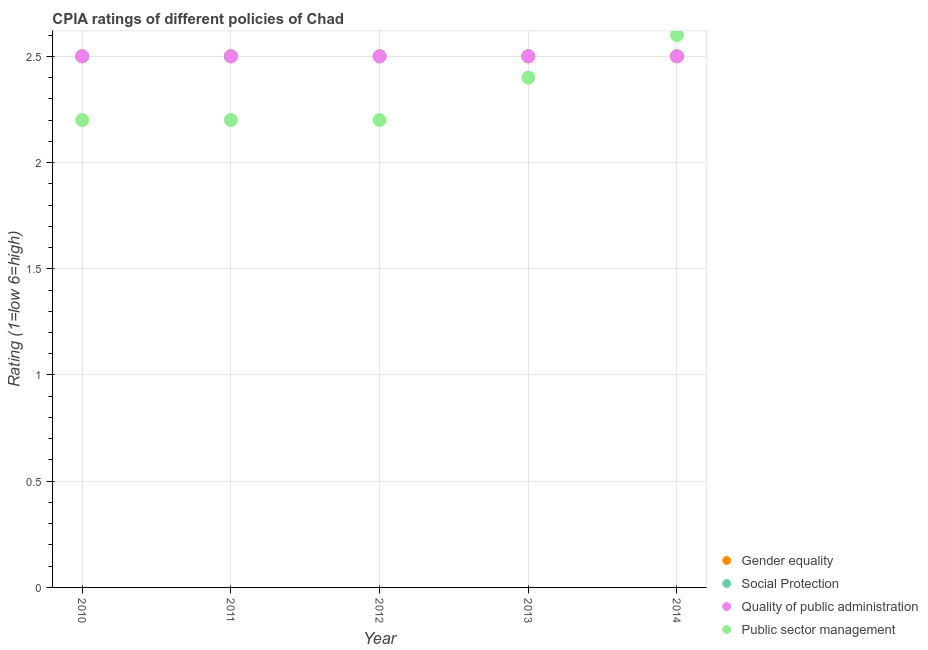
| Year | Gender equality | Social Protection | Quality of public administration | Public sector management |
 | --- | --- | --- | --- | --- |
 | 2010 | 2.5 | 2.5 | 2.5 | 2.2 |
 | 2011 | 2.5 | 2.5 | 2.5 | 2.2 |
 | 2012 | 2.5 | 2.5 | 2.5 | 2.2 |
 | 2013 | 2.5 | 2.5 | 2.5 | 2.4 |
 | 2014 | 2.5 | 2.5 | 2.5 | 2.6 |